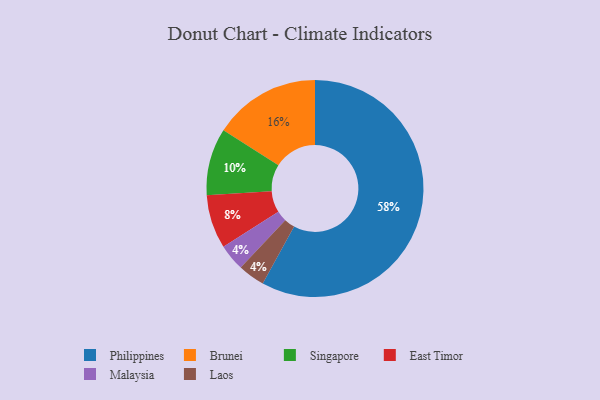
{"axis": {"x": "Category", "y": "Percentage"}, "legend": ["Brunei", "East Timor", "Laos", "Malaysia", "Philippines", "Singapore"], "data": [{"x": "Philippines", "y": 58, "type": "Philippines"}, {"x": "Brunei", "y": 16, "type": "Brunei"}, {"x": "Malaysia", "y": 4, "type": "Malaysia"}, {"x": "East Timor", "y": 8, "type": "East Timor"}, {"x": "Laos", "y": 4, "type": "Laos"}, {"x": "Singapore", "y": 10, "type": "Singapore"}]}